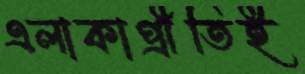
এলাকাপ্রীতিই